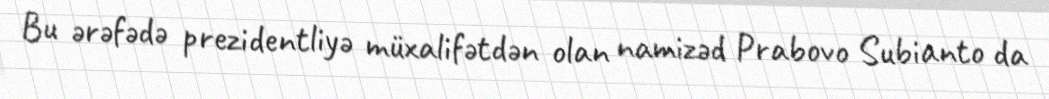
Bu ərəfədə prezidentliyə müxalifətdən olan namizəd Prabovo Subianto da